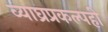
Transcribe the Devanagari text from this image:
व्याघ्रप्रकल्पही